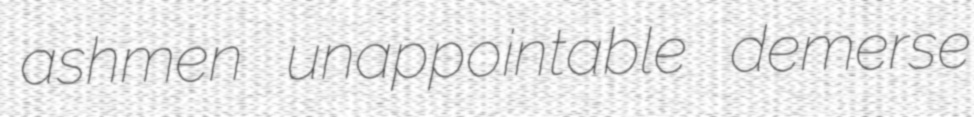
ashmen unappointable demerse